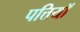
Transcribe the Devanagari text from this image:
पत्तियॉ